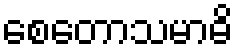
စေတောသမာဓိ